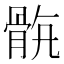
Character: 𩨺